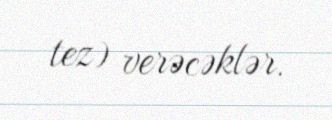
tez) verəcəklər.